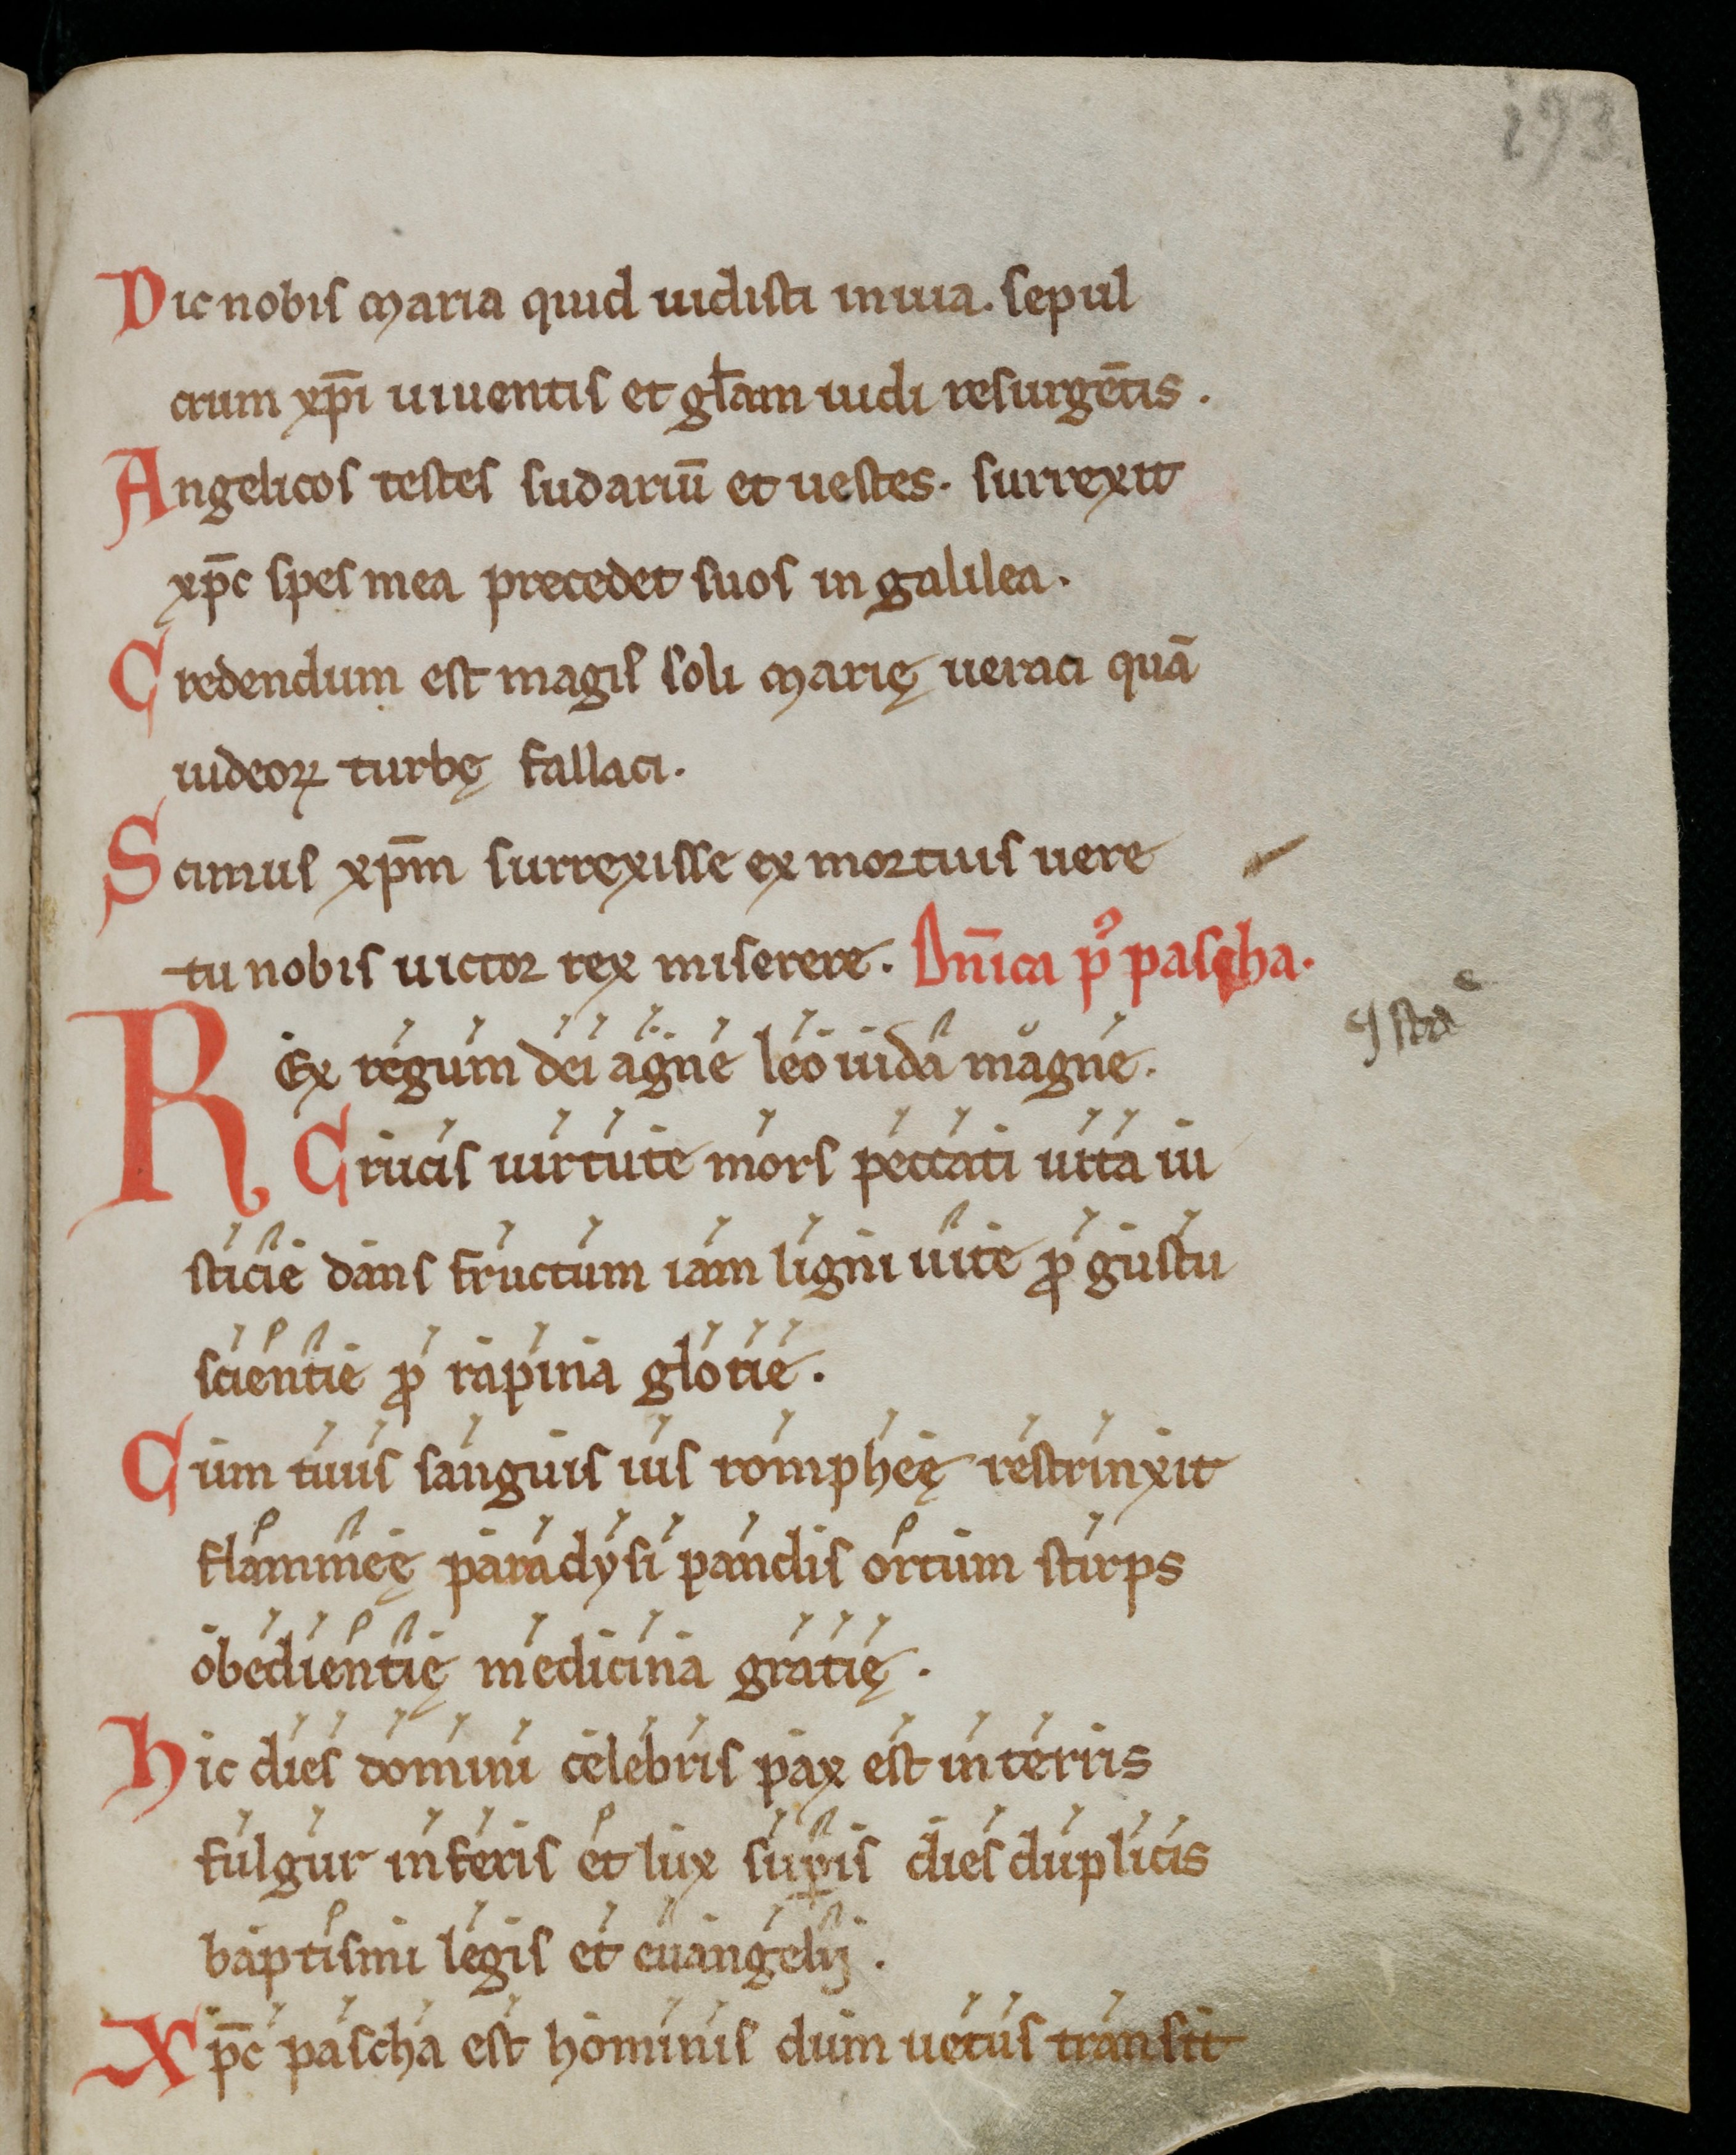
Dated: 1000–1099